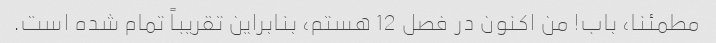
مطمئنا، باب! من اکنون در فصل 12 هستم، بنابراین تقریباً تمام شده است.